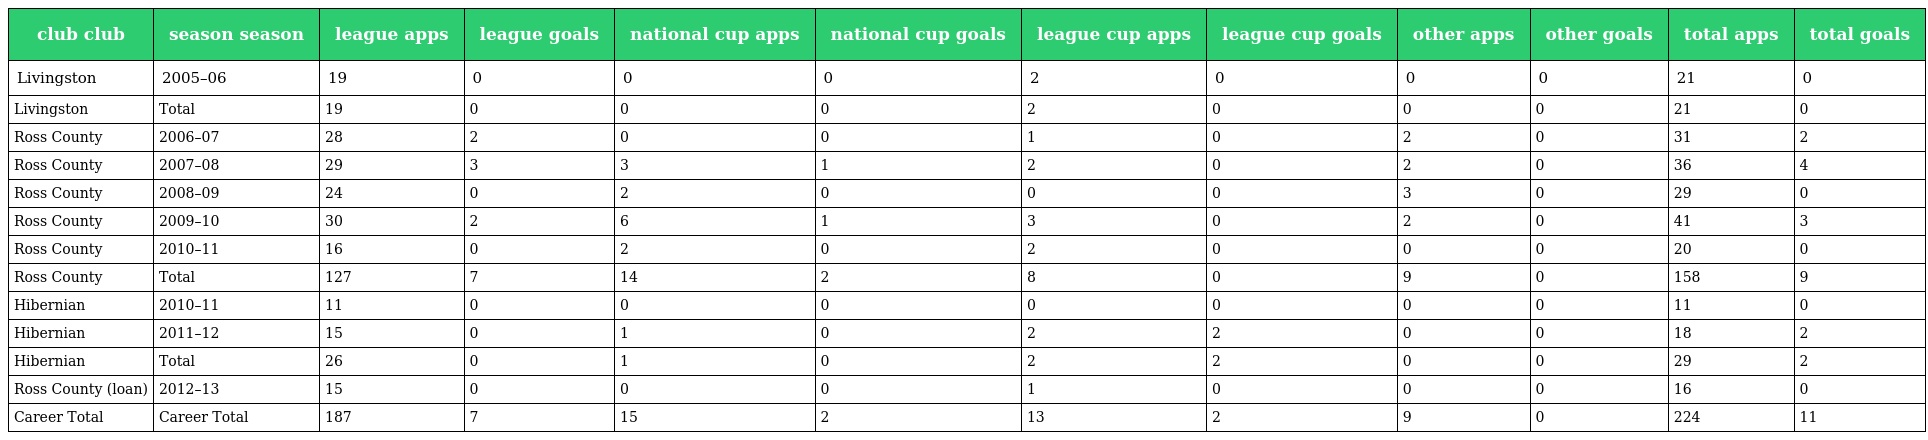
| club club | season season | league apps | league goals | national cup apps | national cup goals | league cup apps | league cup goals | other apps | other goals | total apps | total goals |
 | --- | --- | --- | --- | --- | --- | --- | --- | --- | --- | --- | --- |
 | Livingston | 2005–06 | 19 | 0 | 0 | 0 | 2 | 0 | 0 | 0 | 21 | 0 |
 | Livingston | Total | 19 | 0 | 0 | 0 | 2 | 0 | 0 | 0 | 21 | 0 |
 | Ross County | 2006–07 | 28 | 2 | 0 | 0 | 1 | 0 | 2 | 0 | 31 | 2 |
 | Ross County | 2007–08 | 29 | 3 | 3 | 1 | 2 | 0 | 2 | 0 | 36 | 4 |
 | Ross County | 2008–09 | 24 | 0 | 2 | 0 | 0 | 0 | 3 | 0 | 29 | 0 |
 | Ross County | 2009–10 | 30 | 2 | 6 | 1 | 3 | 0 | 2 | 0 | 41 | 3 |
 | Ross County | 2010–11 | 16 | 0 | 2 | 0 | 2 | 0 | 0 | 0 | 20 | 0 |
 | Ross County | Total | 127 | 7 | 14 | 2 | 8 | 0 | 9 | 0 | 158 | 9 |
 | Hibernian | 2010–11 | 11 | 0 | 0 | 0 | 0 | 0 | 0 | 0 | 11 | 0 |
 | Hibernian | 2011–12 | 15 | 0 | 1 | 0 | 2 | 2 | 0 | 0 | 18 | 2 |
 | Hibernian | Total | 26 | 0 | 1 | 0 | 2 | 2 | 0 | 0 | 29 | 2 |
 | Ross County (loan) | 2012–13 | 15 | 0 | 0 | 0 | 1 | 0 | 0 | 0 | 16 | 0 |
 | Career Total | Career Total | 187 | 7 | 15 | 2 | 13 | 2 | 9 | 0 | 224 | 11 |